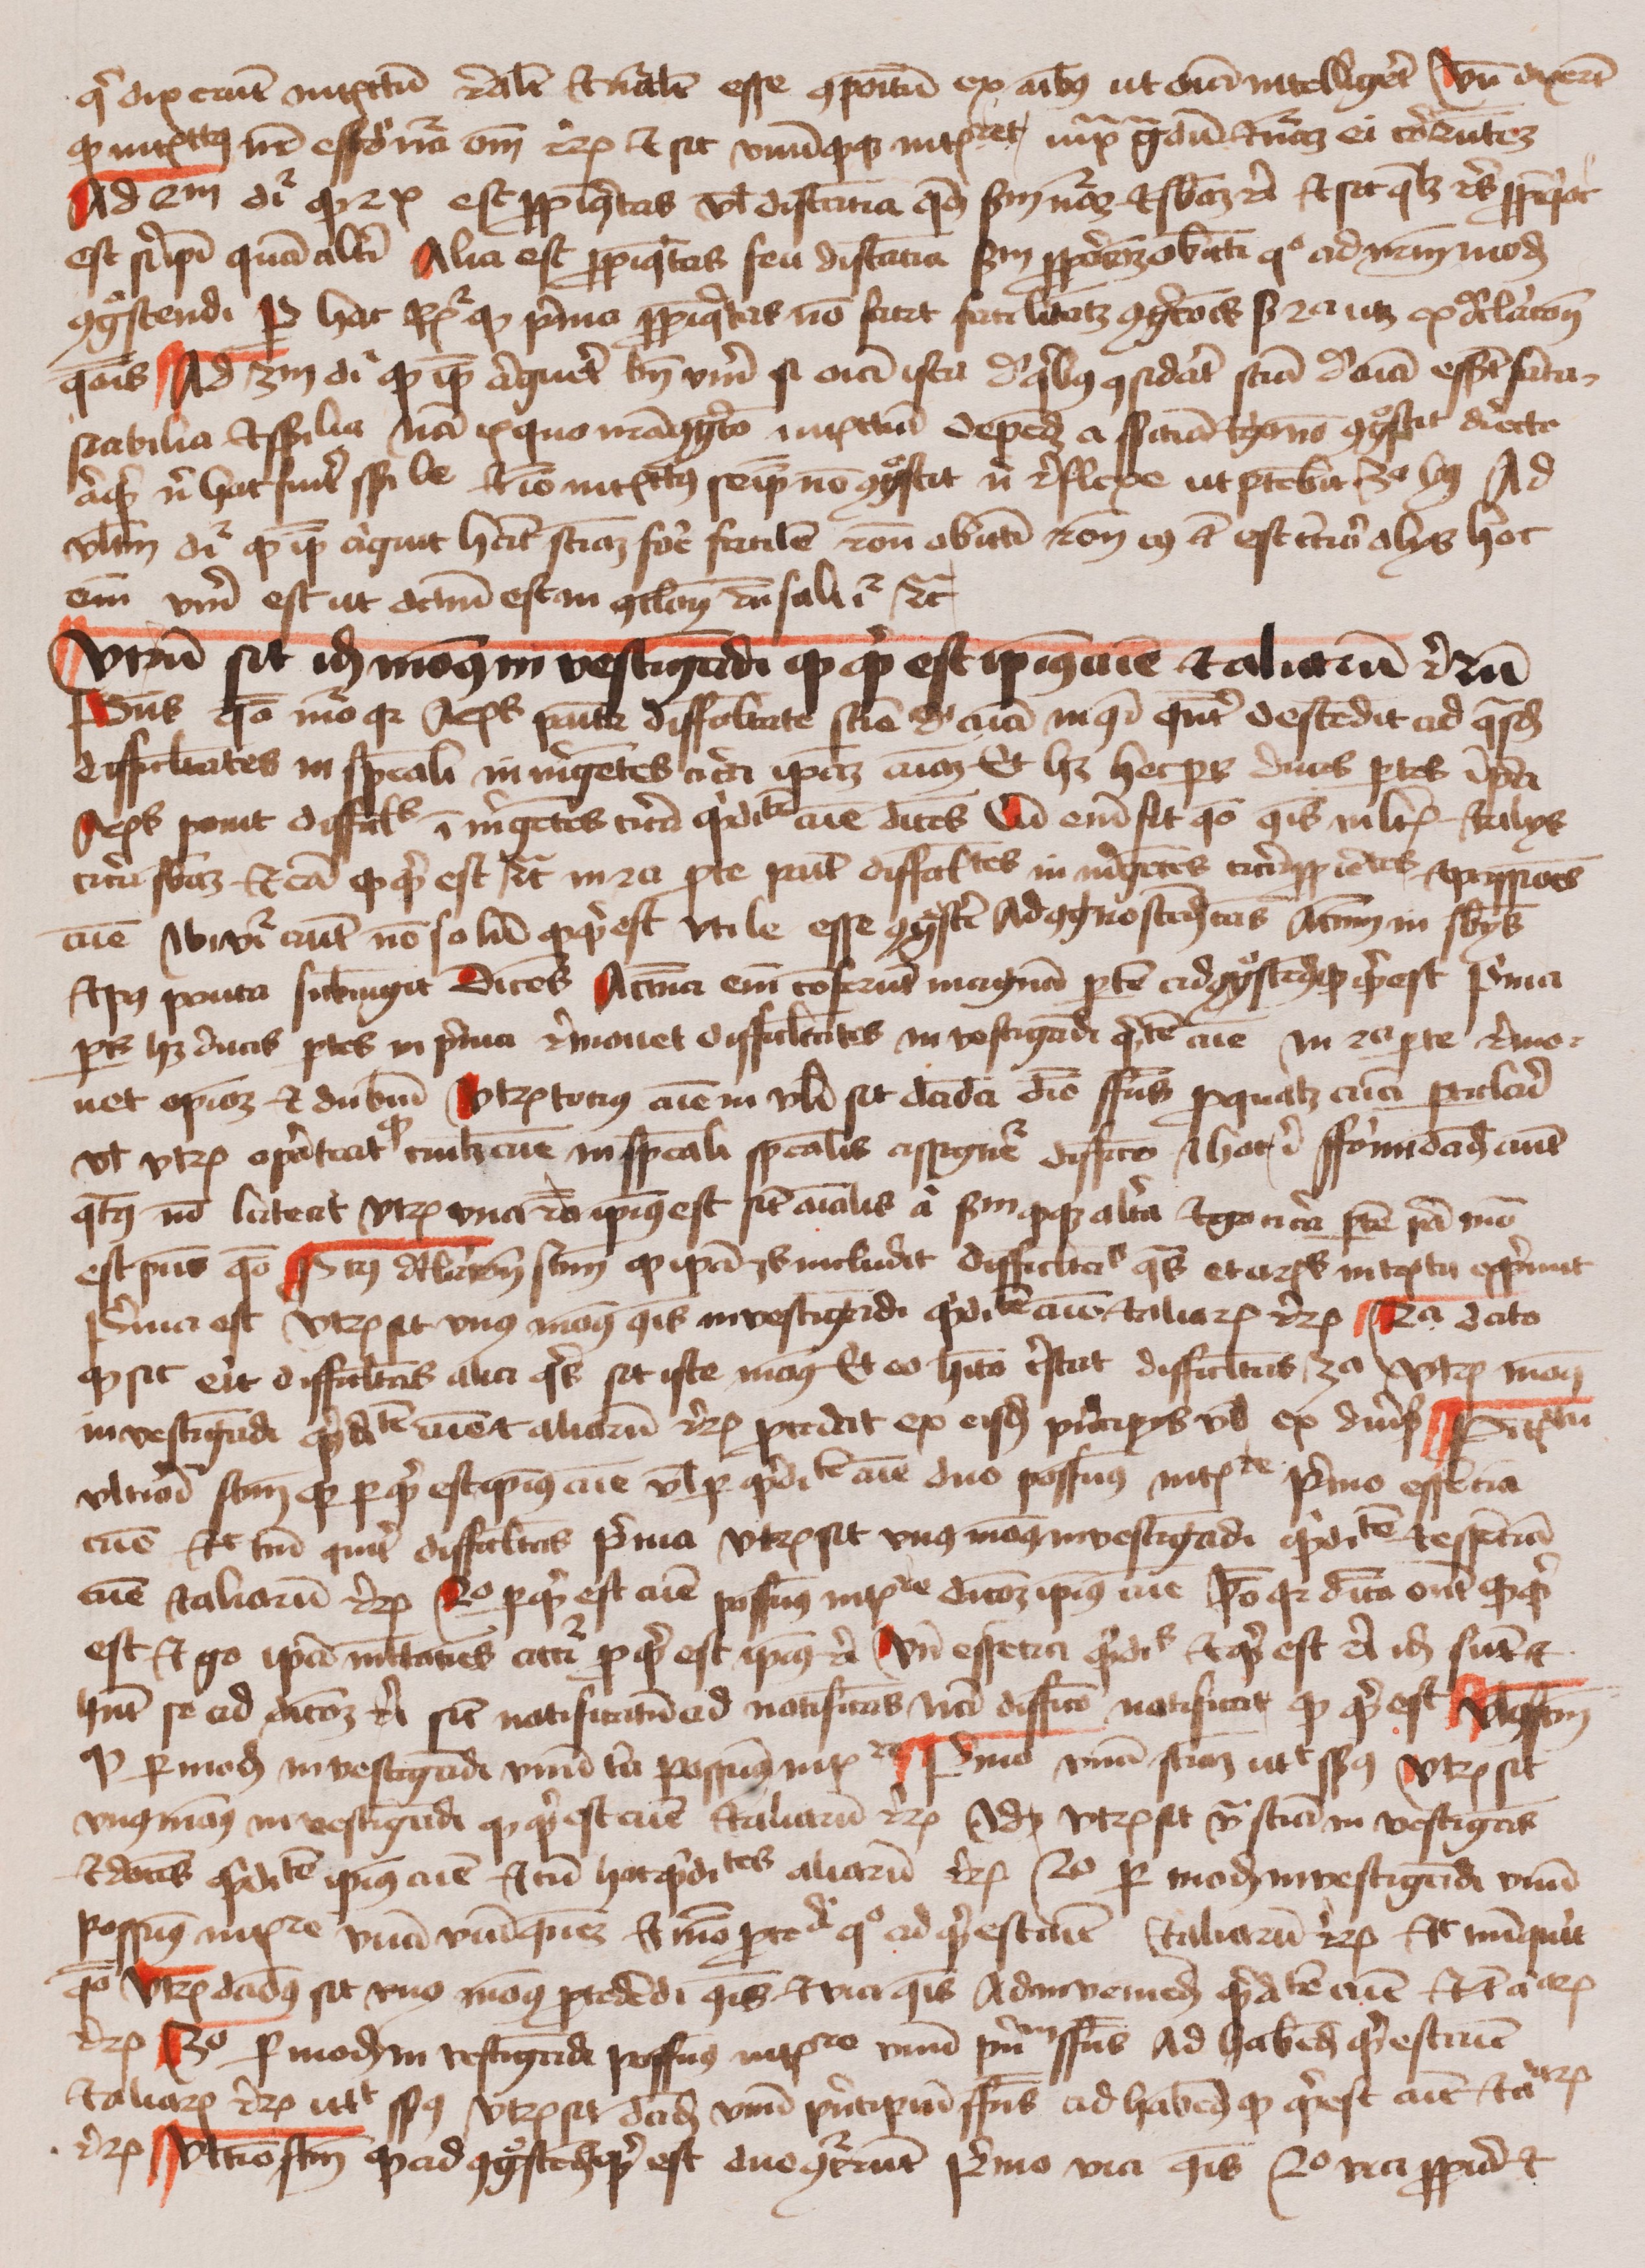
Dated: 1400–1499